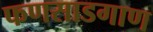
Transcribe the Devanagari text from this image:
फणसाडगाण